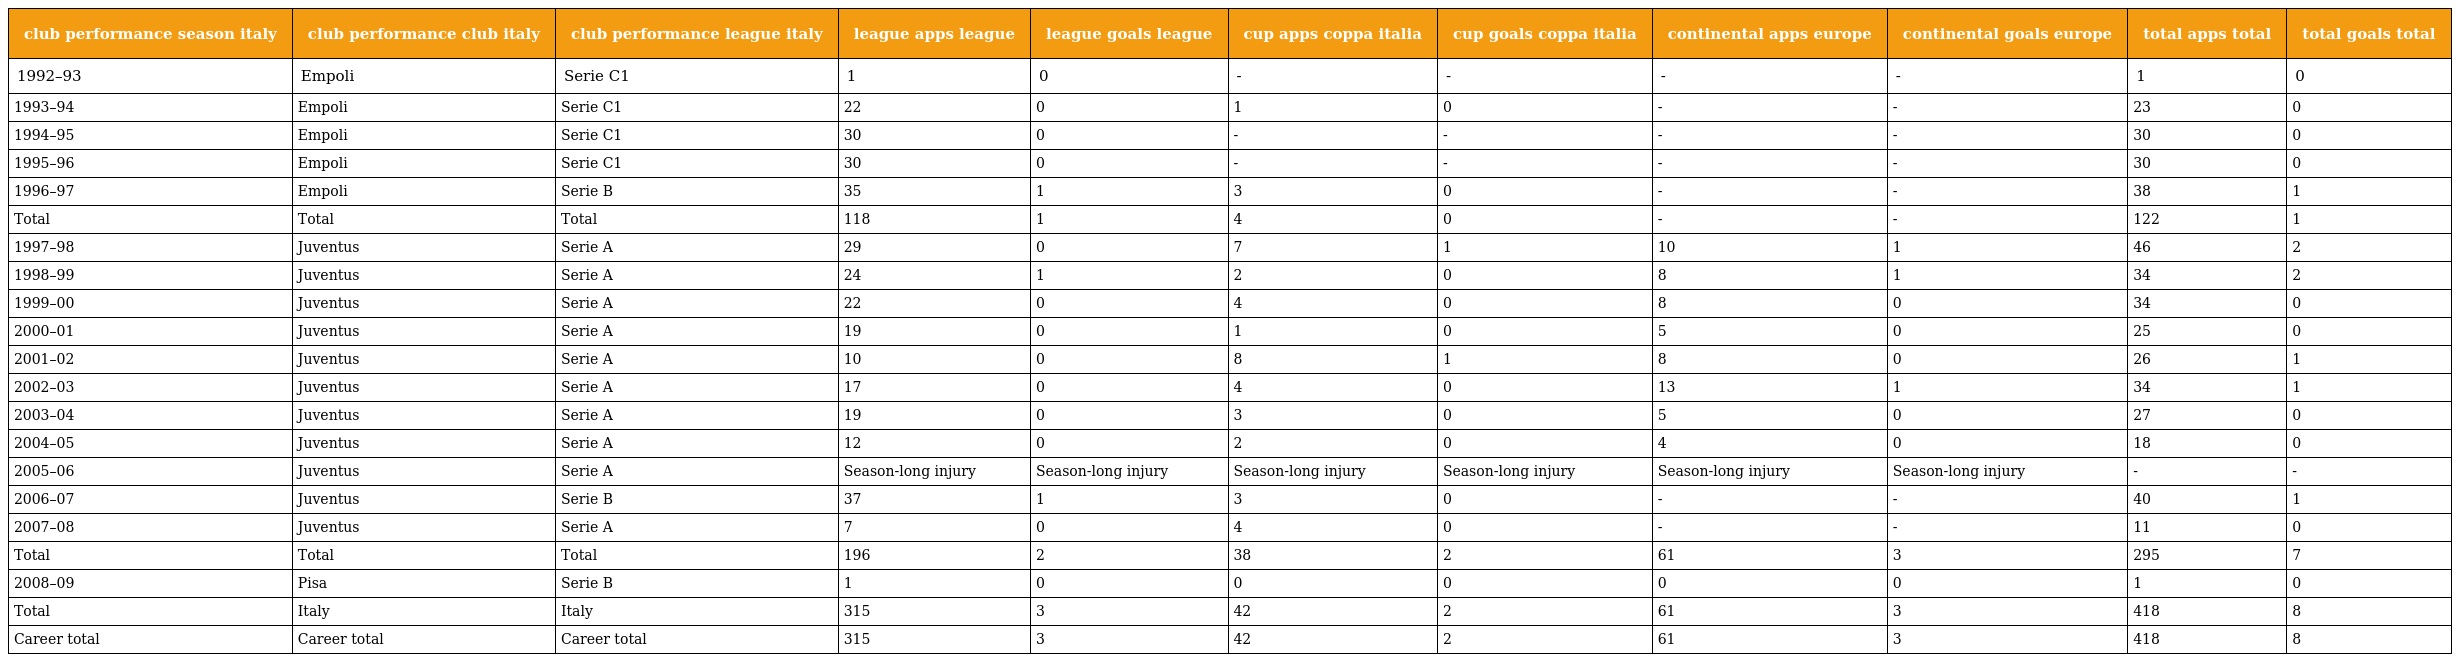
| club performance season italy | club performance club italy | club performance league italy | league apps league | league goals league | cup apps coppa italia | cup goals coppa italia | continental apps europe | continental goals europe | total apps total | total goals total |
 | --- | --- | --- | --- | --- | --- | --- | --- | --- | --- | --- |
 | 1992–93 | Empoli | Serie C1 | 1 | 0 | - | - | - | - | 1 | 0 |
 | 1993–94 | Empoli | Serie C1 | 22 | 0 | 1 | 0 | - | - | 23 | 0 |
 | 1994–95 | Empoli | Serie C1 | 30 | 0 | - | - | - | - | 30 | 0 |
 | 1995–96 | Empoli | Serie C1 | 30 | 0 | - | - | - | - | 30 | 0 |
 | 1996–97 | Empoli | Serie B | 35 | 1 | 3 | 0 | - | - | 38 | 1 |
 | Total | Total | Total | 118 | 1 | 4 | 0 | - | - | 122 | 1 |
 | 1997–98 | Juventus | Serie A | 29 | 0 | 7 | 1 | 10 | 1 | 46 | 2 |
 | 1998–99 | Juventus | Serie A | 24 | 1 | 2 | 0 | 8 | 1 | 34 | 2 |
 | 1999–00 | Juventus | Serie A | 22 | 0 | 4 | 0 | 8 | 0 | 34 | 0 |
 | 2000–01 | Juventus | Serie A | 19 | 0 | 1 | 0 | 5 | 0 | 25 | 0 |
 | 2001–02 | Juventus | Serie A | 10 | 0 | 8 | 1 | 8 | 0 | 26 | 1 |
 | 2002–03 | Juventus | Serie A | 17 | 0 | 4 | 0 | 13 | 1 | 34 | 1 |
 | 2003–04 | Juventus | Serie A | 19 | 0 | 3 | 0 | 5 | 0 | 27 | 0 |
 | 2004–05 | Juventus | Serie A | 12 | 0 | 2 | 0 | 4 | 0 | 18 | 0 |
 | 2005–06 | Juventus | Serie A | Season-long injury | Season-long injury | Season-long injury | Season-long injury | Season-long injury | Season-long injury | - | - |
 | 2006–07 | Juventus | Serie B | 37 | 1 | 3 | 0 | - | - | 40 | 1 |
 | 2007–08 | Juventus | Serie A | 7 | 0 | 4 | 0 | - | - | 11 | 0 |
 | Total | Total | Total | 196 | 2 | 38 | 2 | 61 | 3 | 295 | 7 |
 | 2008–09 | Pisa | Serie B | 1 | 0 | 0 | 0 | 0 | 0 | 1 | 0 |
 | Total | Italy | Italy | 315 | 3 | 42 | 2 | 61 | 3 | 418 | 8 |
 | Career total | Career total | Career total | 315 | 3 | 42 | 2 | 61 | 3 | 418 | 8 |